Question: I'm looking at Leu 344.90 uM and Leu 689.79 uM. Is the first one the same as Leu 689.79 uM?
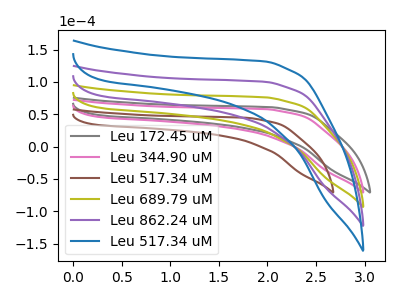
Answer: <think>The gray curve "Leu 172.45 uM" has no peaks. The pink curve "Leu 344.90 uM" has no peaks. The brown curve "Leu 517.34 uM" has no peaks. The olive curve "Leu 689.79 uM" has no peaks. The purple curve "Leu 862.24 uM" has no peaks. The blue curve "Leu 517.34 uM" has no peaks.
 Neither "Leu 344.90 uM" or "Leu 689.79 uM" have any peaks.</think>
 <answer>"Leu 344.90 uM" and "Leu 689.79 uM" are similar in shape.</answer>
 <eval>same_shape</eval>